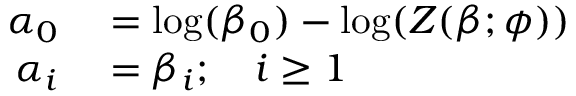
\begin{array} { r l } { \alpha _ { 0 } } & { { } = \log ( \beta _ { 0 } ) - \log ( Z ( \boldsymbol { \beta } ; \boldsymbol { \phi } ) ) } \\ { \alpha _ { i } } & { { } = \beta _ { i } ; \quad i \ge 1 } \end{array}